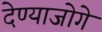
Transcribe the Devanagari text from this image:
देण्याजोगे